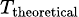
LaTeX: \scriptstyle T_{\mathrm{theoretical}}